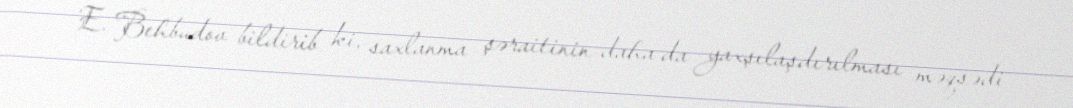
E. Behbudov bildirib ki, saxlanma şəraitinin daha da yaxşılaşdırılması məqsədi